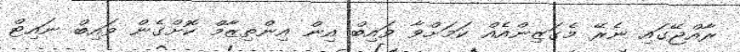
ރާއްޖޭގައި ނެރޭ މެގަޒިންއެއް ކަމަށްވާ ވައިބް އިން އިންތިޒާމް ކޮށްގެން ވައިބް ނައިޓް